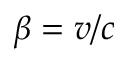
\beta = v / c